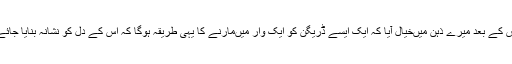
اس کے بعد میرے ذہن میں‌خیال آیا کہ ایک ایسے ڈریگن کو ایک وار میں‌مارنے کا یہی طریقہ ہوگا کہ اس کے دل کو نشانہ بنایا جائے۔